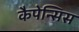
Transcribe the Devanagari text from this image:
कैपेन्सिस